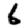
Digit: 6